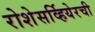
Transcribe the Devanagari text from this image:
रोशेसर्व्हियेरची